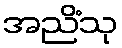
အညိံသု